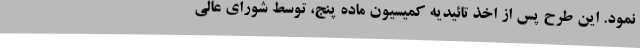
نمود. این طرح پس از اخذ تائیدیه کمیسیون ماده پنج، توسط شورای عالی